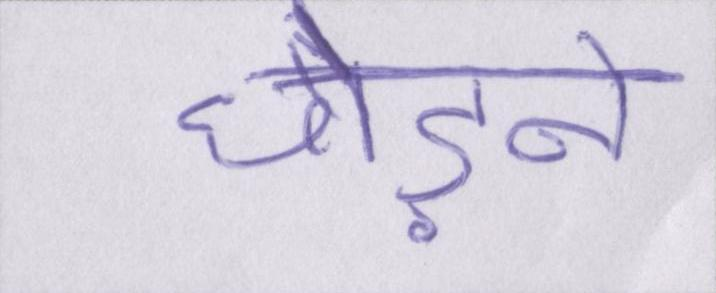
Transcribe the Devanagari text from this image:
छोड़ने